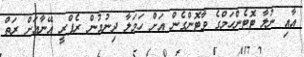
އާއި ނުލާ ޓޮޓެންހަމްގެ ވާޓޮންގެން އަށް ހަމަލާ ދިނުމުން ރެފްރީ އޭނާއަށް ރަތް